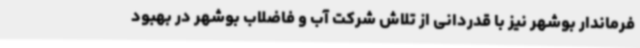
فرماندار بوشهر نیز با قدردانی از تلاش شرکت آب و فاضلاب بوشهر در بهبود